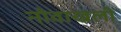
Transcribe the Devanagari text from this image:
नोवाखली